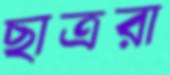
ছাত্ররা